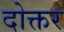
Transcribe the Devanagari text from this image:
दोक्तर